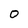
Character: O